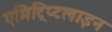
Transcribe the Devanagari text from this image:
एमिट्रिप्टलाइन